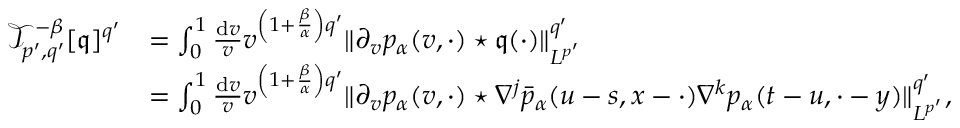
\begin{array} { r l } { \mathcal { T } _ { p ^ { \prime } , q ^ { \prime } } ^ { - \beta } [ \mathfrak { q } ] ^ { q ^ { \prime } } } & { = \int _ { 0 } ^ { 1 } \frac { \mathrm { d } v } { v } v ^ { \left( 1 + \frac { \beta } { \alpha } \right) q ^ { \prime } } \Vert \partial _ { v } p _ { \alpha } ( v , \cdot ) \star \mathfrak { q } ( \cdot ) \Vert _ { L ^ { p ^ { \prime } } } ^ { q ^ { \prime } } } \\ & { = \int _ { 0 } ^ { 1 } \frac { \mathrm { d } v } { v } v ^ { \left( 1 + \frac { \beta } { \alpha } \right) q ^ { \prime } } \Vert \partial _ { v } p _ { \alpha } ( v , \cdot ) \star \nabla ^ { j } \bar { p } _ { \alpha } ( u - s , x - \cdot ) \nabla ^ { k } p _ { \alpha } ( t - u , \cdot - y ) \Vert _ { L ^ { p ^ { \prime } } } ^ { q ^ { \prime } } , } \end{array}